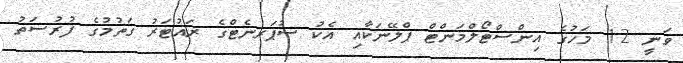
ވަނީ 12 މަހުގެ އިންސްޓޯލްމަންޓް ޕްލޭނަކާއި އެކު ސުޕަރނެޓްގެ ރައުޓަރު ގަތުމުގެ ފުރުސަތު